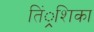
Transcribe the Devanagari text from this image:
तिं्रशिका